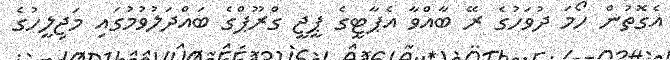
އެގޮތުން ހޯމަ ދުވަހުގެ ރޭ ބާއްވާ އެޕާޓީގެ ޕީޖީ ގްރޫޕްގެ ބައްދަލުވުމުގައި މަޖިލީހުގެ